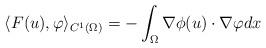
LaTeX: \begin{align*}\langle F(u), \varphi \rangle_{C^1(\Omega)} = - \int_{\Omega} \nabla \phi(u) \cdot \nabla \varphi dx\end{align*}